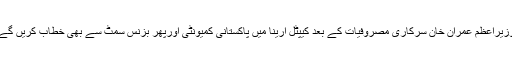
وزیراعظم عمران خان سرکاری مصروفیات کے بعد کیپٹل ارینا میں پاکستانی کمیونٹی اورپھر بزنس سمٹ سے بھی خطاب کریں گے۔